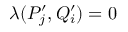
\lambda ( P _ { j } ^ { \prime } , Q _ { i } ^ { \prime } ) = 0